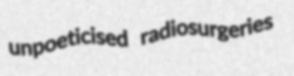
unpoeticised radiosurgeries